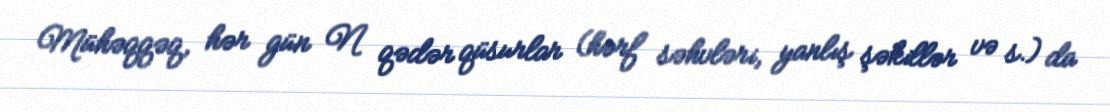
Mühəqqəq, hər gün N qədər qüsurlar (hərf səhvləri, yanlış şəkillər və s.) da